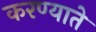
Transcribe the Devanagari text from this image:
करण्याते